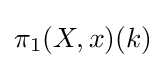
\pi _{1}(X,x)(k)